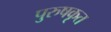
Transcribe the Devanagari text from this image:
पुरुषकृत